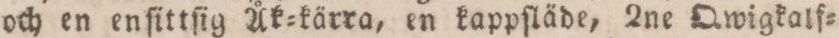
och en enſittſig Åk=kärra, en kappſläde, 2ne Qwigkalf=